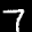
Label: 7